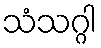
သံသဂ္ဂါ